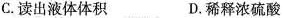
C.读出液体体积 D.稀释浓硫酸